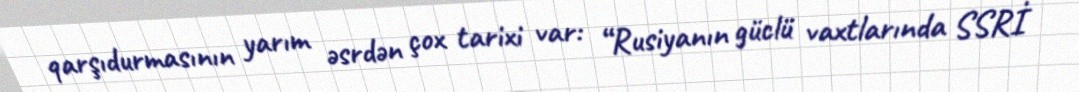
qarşıdurmasının yarım əsrdən çox tarixi var: “Rusiyanın güclü vaxtlarında SSRİ